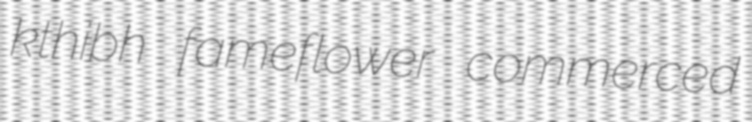
kthibh fameflower commerced